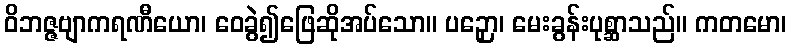
ဝိဘဇ္ဇဗျာကရဏီယော၊ ဝေခွဲ၍ဖြေဆိုအပ်သော။ ပဉှော၊ မေးခွန်းပုစ္ဆာသည်။ ကတမော၊